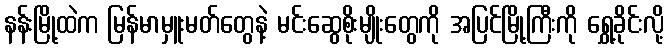
နန်းမြို့ထဲက မြန်မာမှူးမတ်တွေနဲ့ မင်းဆွေစိုးမျိုးတွေကို အပြင်မြို့ကြီးကို ရွှေ့ခိုင်းလို့